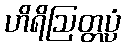
ဟိရိဩတ္တပ္ပံ